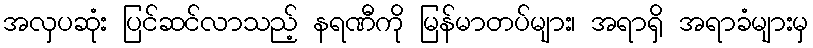
အလှပဆုံး ပြင်ဆင်လာသည့် နရဏီကို မြန်မာတပ်များ၊ အရာရှိ အရာခံများမှ